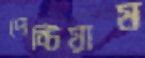
পেন্টিয়াম